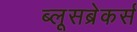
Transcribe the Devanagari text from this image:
ब्लूसब्रेकर्स